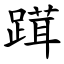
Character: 䠜